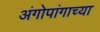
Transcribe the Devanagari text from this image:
अंगोपांगाच्या